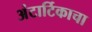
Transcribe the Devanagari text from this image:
अंटार्टिकाचा